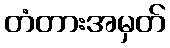
တံတားအမှတ်